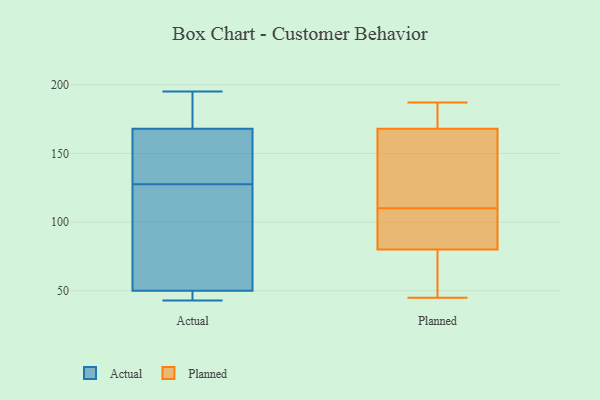
{"axis": {"x": "Population (Million)", "y": "Value"}, "legend": ["Actual", "Planned"], "data": [{"x": "", "y": 50, "type": "Actual"}, {"x": "", "y": 125, "type": "Actual"}, {"x": "", "y": 191, "type": "Actual"}, {"x": "", "y": 50, "type": "Actual"}, {"x": "", "y": 168, "type": "Actual"}, {"x": "", "y": 43, "type": "Actual"}, {"x": "", "y": 130, "type": "Actual"}, {"x": "", "y": 92, "type": "Actual"}, {"x": "", "y": 195, "type": "Actual"}, {"x": "", "y": 151, "type": "Actual"}, {"x": "", "y": 187, "type": "Planned"}, {"x": "", "y": 45, "type": "Planned"}, {"x": "", "y": 110, "type": "Planned"}, {"x": "", "y": 106, "type": "Planned"}, {"x": "", "y": 142, "type": "Planned"}, {"x": "", "y": 186, "type": "Planned"}, {"x": "", "y": 110, "type": "Planned"}, {"x": "", "y": 80, "type": "Planned"}, {"x": "", "y": 168, "type": "Planned"}, {"x": "", "y": 48, "type": "Planned"}]}